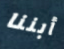
أبننا